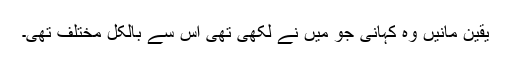
یقین مانیں وہ کہانی جو میں نے لکھی تھی اس سے بالکل مختلف تھی۔